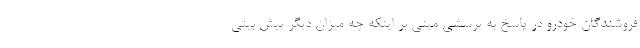
فروشندگان خودرو در پاسخ به پرسشی مبنی بر اینکه چه میزان دیگر پیش بینی